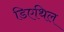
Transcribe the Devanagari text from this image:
डिएथिल